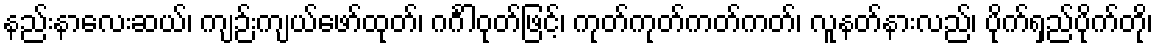
နည်းနာလေးဆယ်၊ ကျဉ်းကျယ်ဖော်ထုတ်၊ ဂင်္ဂါဝုတ်ဖြင့်၊ ကုတ်ကုတ်ကတ်ကတ်၊ လူနတ်နားလည်၊ ပိုက်ရှည်ပိုက်တို၊